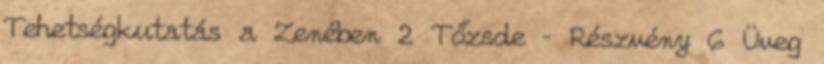
Tehetségkutatás a Zenében 2 Tőzsde – Részvény 6 Üveg